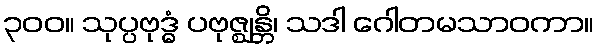
၃၀၀။ သုပ္ပဗုဒ္ဓံ ပဗုဇ္ဈန္တိ၊ သဒါ ဂေါတမသာဝကာ။